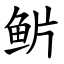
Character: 魸